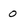
Character: 0